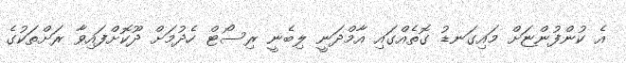
އެ ކުންފުންޏަށް މައިގަނޑު ގޮތެއްގައި އާމްދަނީ ލިބެނީ ރިސޯޓް ހެދުމަށް ދޫކޮށްފައިވާ ރަށްތަކުގެ